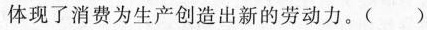
体现了消费为生产创造出新的劳动力。（）